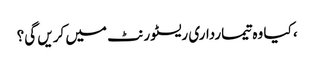
، کیا وہ تیمارداری ریسٹورنٹ میں کریں گی؟